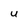
Character: U